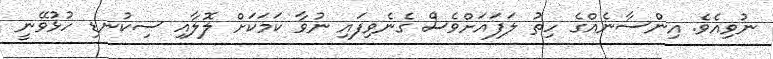
ނުވިއެވެ. އިންސާނެއްގެ ހިތު ލަފައަށްވެސް ގެނެވިފައި ނުވާ ކަމަކަށް ލޮލާއި ސިކުނޑި ހުޅުވޭނީ